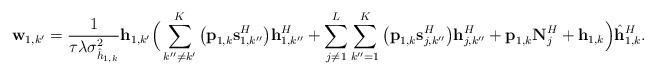
LaTeX: \begin{align*}\textbf{w}_{1,k'} = \frac{1}{\tau\lambda \sigma_{\hat{h}_{1,k}}^2} \textbf{h}_{1,k'} \Big(\sum_{k''\neq k'}^{K}\big(\textbf{p}_{1,k} \textbf{s}_{1,k''}^{H} \big)\textbf{h}_{1,k''}^H+\sum_{j\neq 1}^L\sum_{k''=1}^{K}\big(\textbf{p}_{1,k}\textbf{s}_{j,k''}^H \big)\textbf{h}_{j,k''}^H + \textbf{p}_{1,k}\textbf{N}_j^H+\textbf{h}_{1,k} \Big)\hat{\textbf{h}}~\!\!_{1,k}^H.\end{align*}